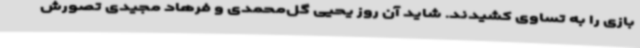
بازی را به تساوی کشیدند. شاید آن روز یحیی گل‌محمدی و فرهاد مجیدی تصورش